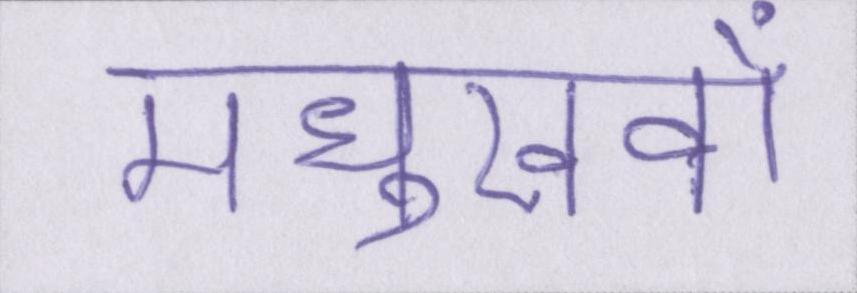
मधुखवों